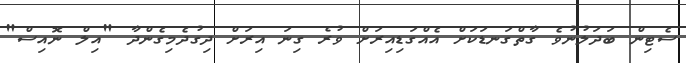
ސެޓިން ބަދަލުނުވެ ގާތްގަނޑަކަށް އެއްގަޑިއިރަށް ވުރެ ގިނަ އިރަށް ދިގުދެމިގެންދާ "އިލް ނޮއިސް"